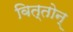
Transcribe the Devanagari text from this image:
वित्तोन्